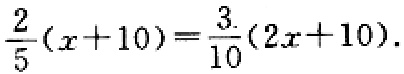
\(\frac{2}{5}(x + 10)=\frac{3}{10}(2x + 10)\)